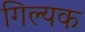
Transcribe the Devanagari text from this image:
गिल्यक